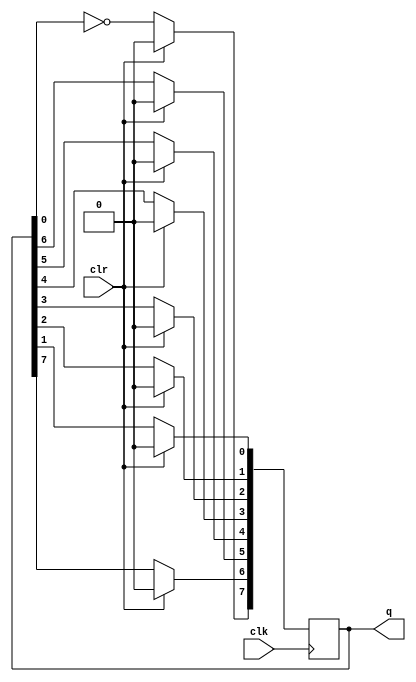
module j_ctr(clk,clr,q);
input clk,clr;
output reg [0:7] q;
always @(posedge clk) begin
    if(clr) begin
        q=00000000; //if clr is true/high then we assign q to zero
    end
else begin
        q[7] <= q[6]; //if clr if false/low then we shift the registers to the left
        q[6] <= q[5]; //and the first bit is assigned the negation of the last bit
        q[5] <= q[4];
        q[4] <= q[3];
        q[3] <= q[2];
        q[2] <= q[1];
        q[1] <= q[0];
        q[0] <= ~q[7]; //important not to forget the negation
    end
end
endmodule